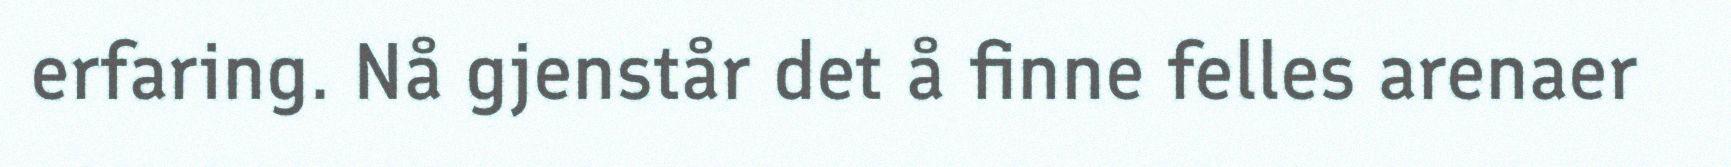
erfaring. Nå gjenstår det å finne felles arenaer